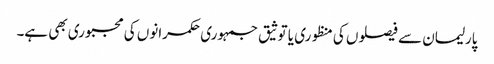
پارلیمان سے فیصلوں کی منظوری یا توثیق جمہوری حکمرانوں کی مجبوری بھی ہے۔